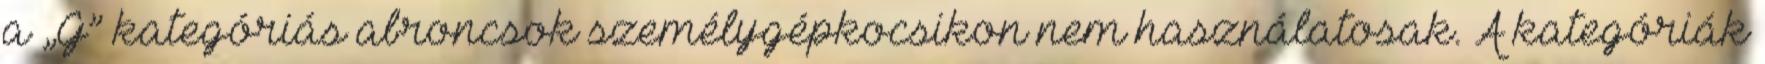
a „G” kategóriás abroncsok személygépkocsikon nem használatosak. A kategóriák